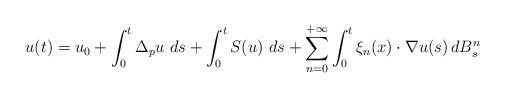
LaTeX: \begin{align*} u (t) = u_0 + \int_0^t \Delta_p u \, \, d s + \int_0^t S(u) \, \, d s + \sum_{n=0}^{+\infty} \int_0^t \xi_{n} (x) \cdot \nabla u (s) \, d B_s^{n} \end{align*}